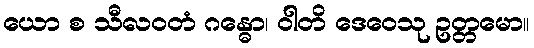
ယော စ သီလဝတံ ဂန္ဓော၊ ဝါတိ ဒေဝေသု ဥတ္တမော။